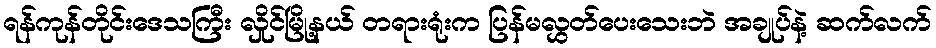
ရန်ကုန်တိုင်းဒေသကြီး လှိုင်မြို့နယ် တရားရုံးက ပြန်မလွှတ်ပေးသေးဘဲ အချုပ်နဲ့ ဆက်လက်